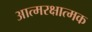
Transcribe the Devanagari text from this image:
आत्मरक्षात्मक